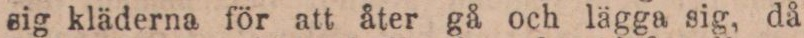
sig kläderna för att åter gå och lägga sig, då